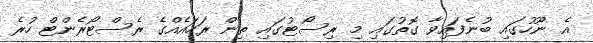
އެ ނޫހުގައި ބުނެފައިވާ ގޮތުގައި މި ރިސޯޓުގައި ތިން ރަހައެއްގެ ރެސްޓޯރެންޓް ހުރެ